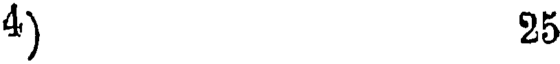
4) 25